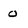
Character: O